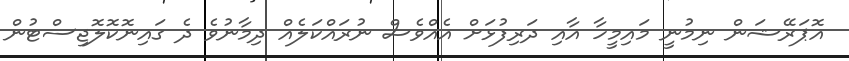
އޮޕަރޭޝަން ނިމުނީ މައިމީހާ އާއި ދަރިފުޅަށް އެއްވެސް ނުރައްކަލެއް ދިމާނުވެ ދެ ގައިނޮކޮލޮޖިސްޓުން